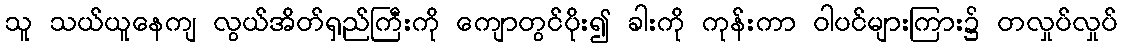
သူ သယ်ယူနေကျ လွယ်အိတ်ရှည်ကြီးကို ကျောတွင်ပိုး၍ ခါးကို ကုန်းကာ ဝါပင်များကြား၌ တလှုပ်လှုပ်